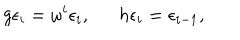
g \epsilon _ { i } = \omega ^ { i } \epsilon _ { i } , h \epsilon _ { i } = \epsilon _ { i - 1 } ,